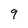
Character: 9